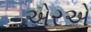
એરએ